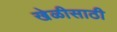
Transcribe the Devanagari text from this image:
खेळीसाठी